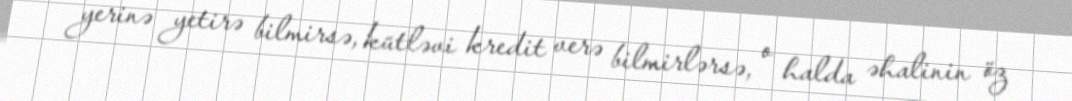
yerinə yetirə bilmirsə, kütləvi kredit verə bilmirlərsə, o halda əhalinin öz